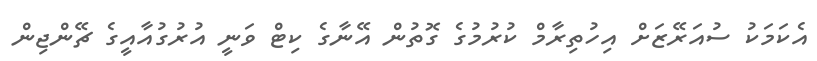
އެކަމަކު ސުއަރޭޒަށް އިހުތިރާމް ކުރުމުގެ ގޮތުން އޭނާގެ ކިޓް ވަނީ އުރުގުއާއީގެ ޗޭންޖިން